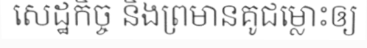
សេដ្ឋកិច្ច និងព្រមានគូជម្លោះឲ្យ